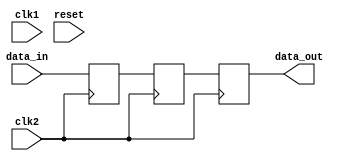
module synchronizer(
    input wire clk1,
    input wire clk2,
    input wire reset,
    input wire data_in,
    output reg data_out
);

reg [1:0] state;
reg sync;
reg sync_delay;

always @(posedge clk1 or posedge reset) begin
    if (reset) begin
        state <= 2'b00;
    end else begin
        case (state)
            2'b00: begin
                if (sync) begin
                    state <= 2'b01;
                end
            end
            2'b01: begin
                if (~sync) begin
                    state <= 2'b10;
                end
            end
            2'b10: begin
                if (sync_delay) begin
                    state <= 2'b00;
                end
            end
            default: state <= 2'b00;
        endcase
    end
end

always @(posedge clk2) begin
    sync <= data_in;
    sync_delay <= sync;
    data_out <= sync_delay;
end

endmodule